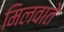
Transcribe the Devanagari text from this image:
मिलवाते